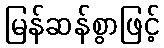
မြန်ဆန်စွာဖြင့်